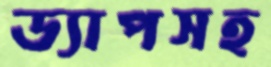
ড্যাপসহ